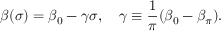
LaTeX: \beta ( \sigma ) = \beta _ { 0 } - \gamma \sigma , \quad \gamma \equiv \frac { 1 } { \pi } ( \beta _ { 0 } - \beta _ { \pi } ) .